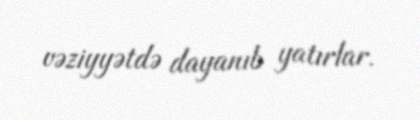
vəziyyətdə dayanıb yatırlar.